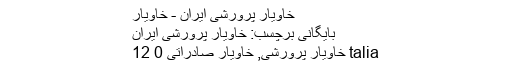
خاویار پرورشی ایران - خاویار
بایگانی برچسب: خاویار پرورشی ایران
talia خاویار پرورشی, خاویار صادراتی 0 12